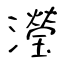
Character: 瀅